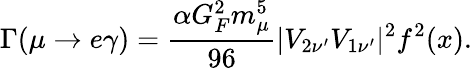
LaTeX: \mathrm{\Gamma}(\mu\to e\gamma)=\frac{\alpha G_{F}^{2}m_{\mu}^{5}}{96}|V_{2\nu^{\prime}}V_{1\nu^{\prime}}|^{2}f^{2}(x).